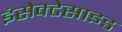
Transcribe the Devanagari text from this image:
इंसेक्टेसाइड